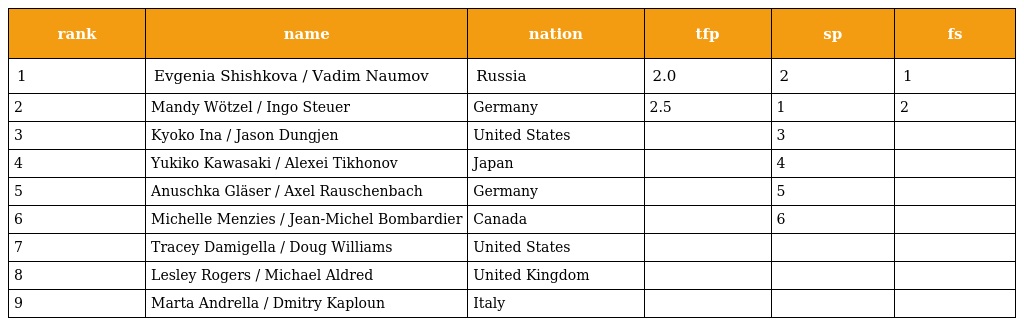
| rank | name | nation | tfp | sp | fs |
 | --- | --- | --- | --- | --- | --- |
 | 1 | Evgenia Shishkova / Vadim Naumov | Russia | 2.0 | 2 | 1 |
 | 2 | Mandy Wötzel / Ingo Steuer | Germany | 2.5 | 1 | 2 |
 | 3 | Kyoko Ina / Jason Dungjen | United States |  | 3 |  |
 | 4 | Yukiko Kawasaki / Alexei Tikhonov | Japan |  | 4 |  |
 | 5 | Anuschka Gläser / Axel Rauschenbach | Germany |  | 5 |  |
 | 6 | Michelle Menzies / Jean-Michel Bombardier | Canada |  | 6 |  |
 | 7 | Tracey Damigella / Doug Williams | United States |  |  |  |
 | 8 | Lesley Rogers / Michael Aldred | United Kingdom |  |  |  |
 | 9 | Marta Andrella / Dmitry Kaploun | Italy |  |  |  |